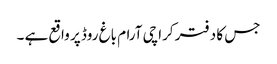
جس کا دفتر کراچی آرام باغ روڈ پر واقع ہے ۔